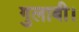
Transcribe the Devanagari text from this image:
गुलाबी।